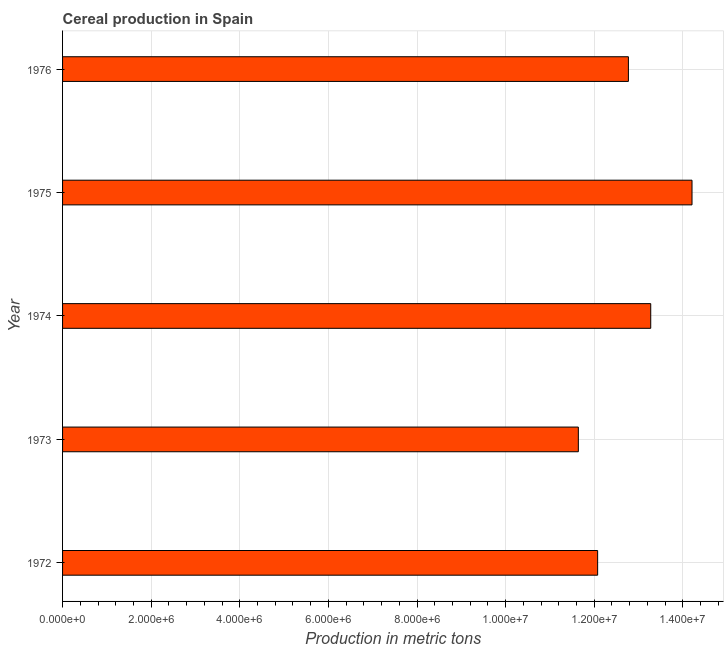
| Year | Cereal production |
 | --- | --- |
 | 1972 | 1.21e+07 |
 | 1973 | 1.16e+07 |
 | 1974 | 1.33e+07 |
 | 1975 | 1.42e+07 |
 | 1976 | 1.28e+07 |